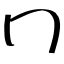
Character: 冂